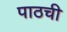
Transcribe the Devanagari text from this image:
पाठची